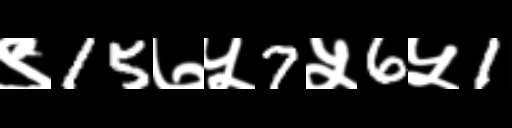
Text: ९15७५7५6५1